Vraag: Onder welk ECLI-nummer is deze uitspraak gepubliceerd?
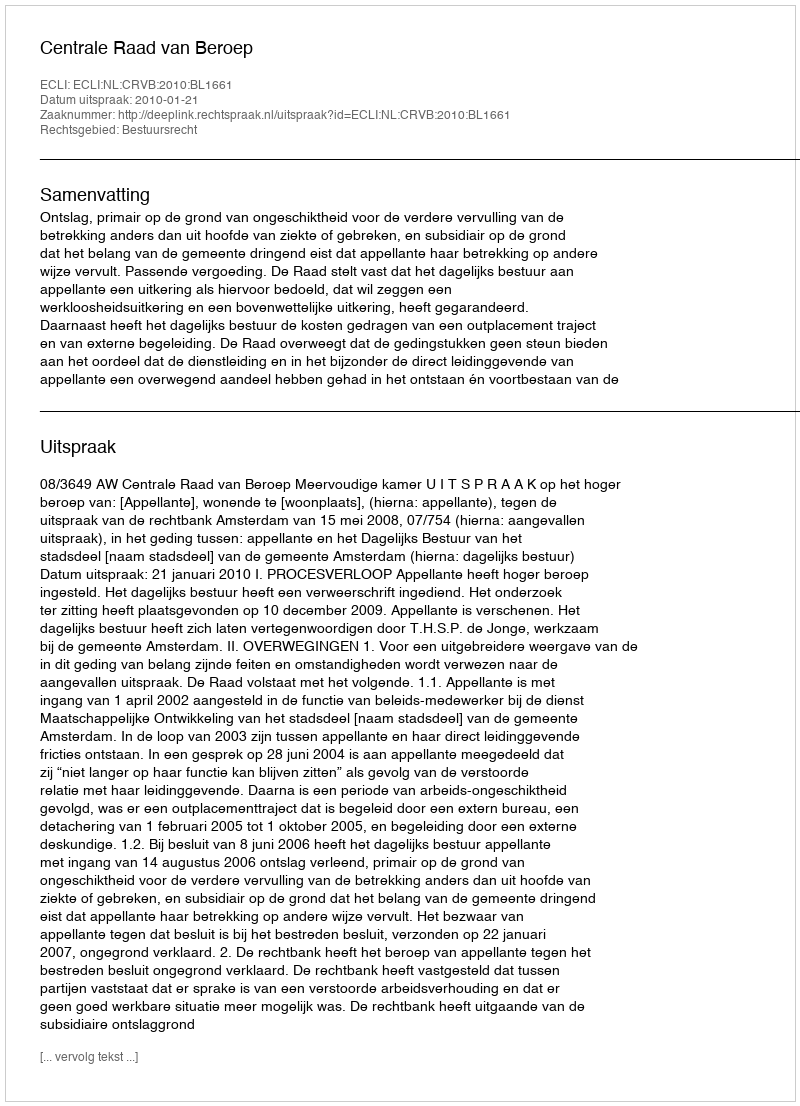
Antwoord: ECLI:NL:CRVB:2010:BL1661